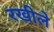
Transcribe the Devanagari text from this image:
रखीले